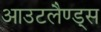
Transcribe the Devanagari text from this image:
आउटलैण्ड्स